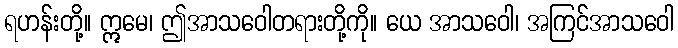
ရဟန်းတို့။ ဣမေ၊ ဤအာသဝေါတရားတို့ကို။ ယေ အာသဝေါ၊ အကြင်အာသဝေါ